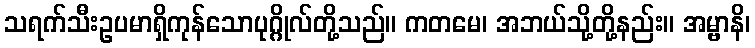
သရက်သီးဥပမာရှိကုန်သောပုဂ္ဂိုလ်တို့သည်။ ကတမေ၊ အဘယ်သို့တို့နည်း။ အမ္ဗာနိ၊